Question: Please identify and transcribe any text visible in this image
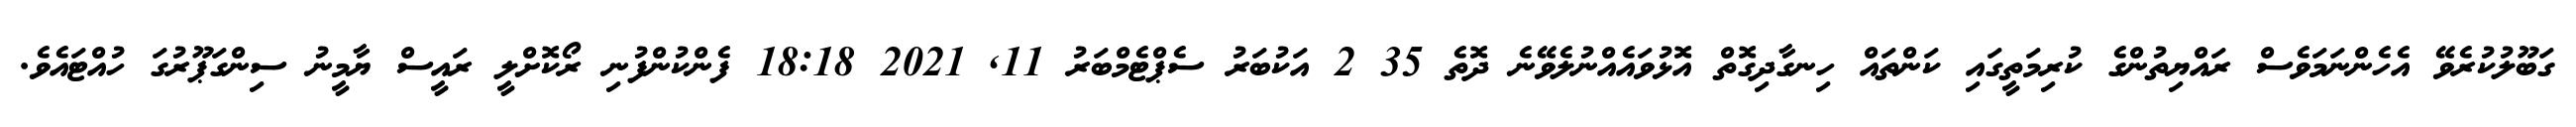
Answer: ގަބޫލުކުރެވޭ އެހެންނަމަވެސް ރައްޔިތުންގެ ކުރިމަތީގައި ކަންތައް ހިނގާދިގޮތް އޮޅުވައެއްނުލެވޭނެ ދޮތެ 35 2 އަކުބަރު ސެޕްޓެމްބަރު 11, 2021 18:18 ފެންކުންފުނި ރޯކޮށްލީ ރައީސް ޔާމީނު ސިންގަޕޫރުގަ ހުއްޓައެވެ.